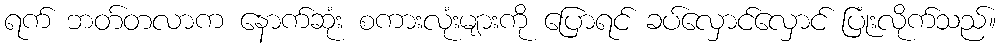
ရက် ဘတ်တလာက နောက်ဆုံး စကားလုံးများကို ပြောရင် ခပ်လှောင်လှောင် ပြုံးလိုက်သည်။